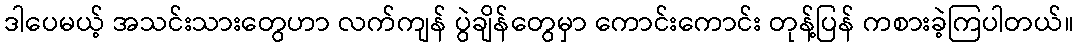
ဒါပေမယ့် အသင်းသားတွေဟာ လက်ကျန် ပွဲချိန်တွေမှာ ကောင်းကောင်း တုန့်ပြန် ကစားခဲ့ကြပါတယ်။